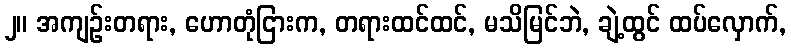
၂။ အကျဉ်းတရား, ဟောတုံငြားက, တရားထင်ထင်, မသိမြင်ဘဲ, ချဲ့ထွင် ထပ်လှောက်,